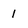
Character: I